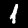
Digit: 1